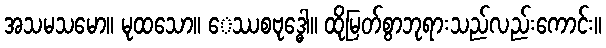
အသမသမော။ မုထသော။ ေဿစဗုဒ္ဓေါ။ ထိုမြတ်စွာဘုရားသည်လည်းကောင်း။